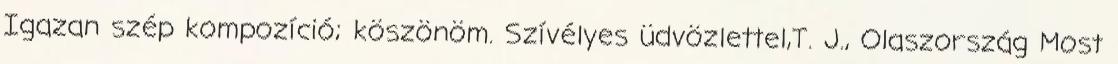
Igazan szép kompozíció; köszönöm. Szívélyes üdvözlettel,T. J., Olaszország Most